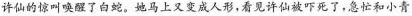
许仙的惊叫唤醒了白蛇。她马上又变成人形，看见许仙被吓死了，急忙和小青